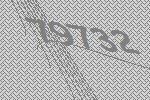
79732